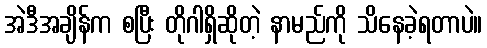
အဲဒီအချိန်က စပြီး တိုဂါရှိဆိုတဲ့ နာမည်ကို သိနေခဲ့ရတာပဲ။